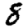
Digit: 8